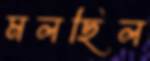
মলছিল